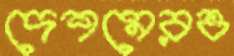
দেশমেরও